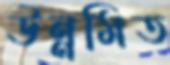
উন্নমিত